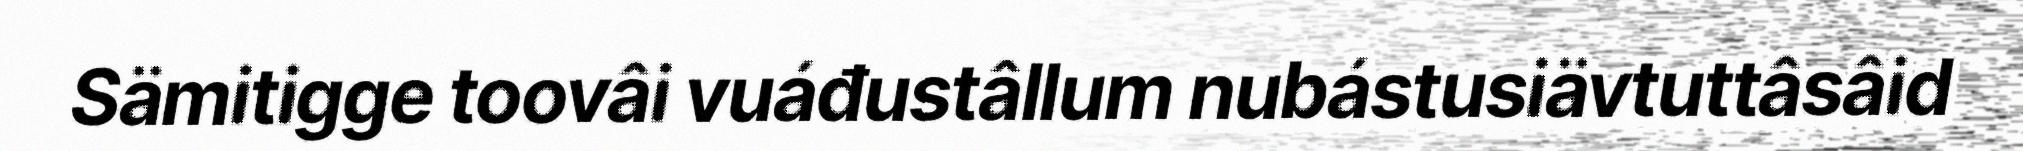
Sämitigge toovâi vuáđustâllum nubástusiävtuttâsâid